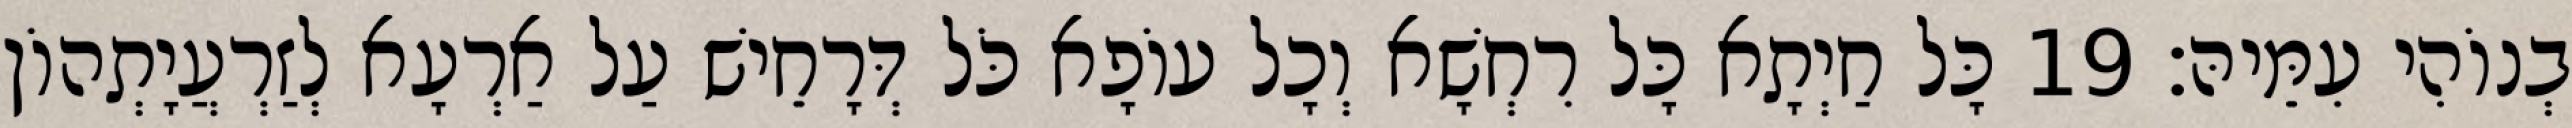
בְנוֹהִי עִמֵּיהּ׃ 19 כָּל חַיְתָא כָּל רִחְשָׁא וְכָל עוֹפָא כֹּל דְּרָחֵישׁ עַל אַרְעָא לְזַרְעֲיָתְהוֹן